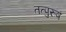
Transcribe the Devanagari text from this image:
तत्पुरुषं